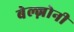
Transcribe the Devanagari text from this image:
बेल्ज़ोनी